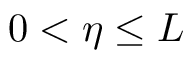
0 < \eta \le L